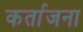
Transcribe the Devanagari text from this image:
कर्ताजना